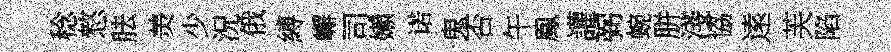
稔憗胠羙少況俄縛嶰司嬾诺鬼否午鳯讙弼蜿胼淺協逺芙陷